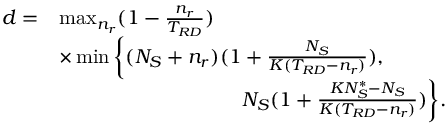
\begin{array} { r l } { d = } & { \operatorname* { m a x } _ { n _ { r } } ( 1 - \frac { n _ { r } } { T _ { R D } } ) } \\ & { \times \operatorname* { m i n } \bigg \{ ( N _ { S } + n _ { r } ) ( 1 + \frac { N _ { S } } { K ( T _ { R D } - n _ { r } ) } ) , } \\ & { \quad \quad \quad \quad \quad \quad \quad \quad \quad N _ { S } ( 1 + \frac { K N _ { S } ^ { \ast } - N _ { S } } { K ( T _ { R D } - n _ { r } ) } ) \bigg \} . } \end{array}